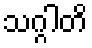
သဂ္ဂါတိ